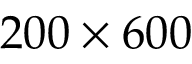
2 0 0 \times 6 0 0